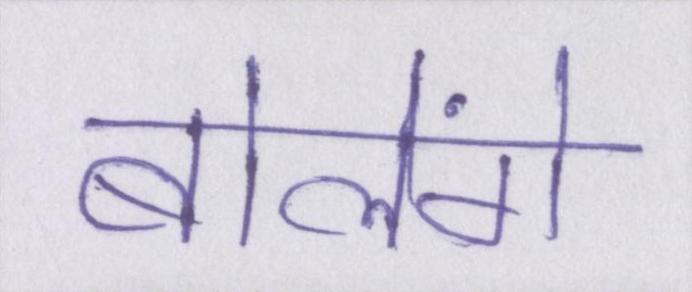
बोलेंगे